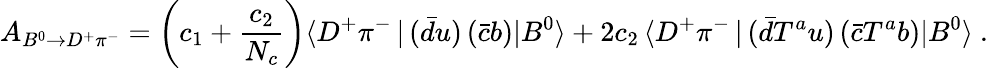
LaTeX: A_{B^{0}\to D^{+}\pi^{-}}=\left(c_{1}+\frac{c_{2}}{N_{c}}\right)\langle D^{+}\pi^{-}\, |\, (\bar{d}u)\, (\bar{c}b)|B^{0}\rangle+2c_{2}\, \langle D^{+}\pi^{-}\, |\, (\bar{d}T^{a}u)\, (\bar{c}T^{a}b)|B^{0}\rangle\ .